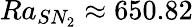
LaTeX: Ra_{SN_{2}}\approx 650.82